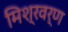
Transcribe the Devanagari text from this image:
मिश्रवर्ण